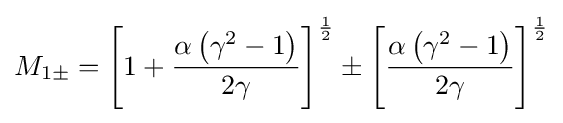
M_{1\pm }=\left[1+{\frac {\alpha \left(\gamma ^{2}-1\right)}{2\gamma }}\right]^{\frac {1}{2}}\pm \left[{\frac {\alpha \left(\gamma ^{2}-1\right)}{2\gamma }}\right]^{\frac {1}{2}}